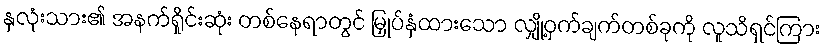
နှလုံးသား၏ အနက်ရှိုင်းဆုံး တစ်နေရာတွင် မြှုပ်နှံထားသော လျှို့ဝှက်ချက်တစ်ခုကို လူသိရှင်ကြား